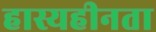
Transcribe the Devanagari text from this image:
हास्यहीनता